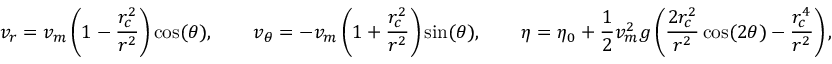
v _ { r } = v _ { m } \left( 1 - \frac { r _ { c } ^ { 2 } } { r ^ { 2 } } \right) \cos ( \theta ) , \qquad v _ { \theta } = - v _ { m } \left( 1 + \frac { r _ { c } ^ { 2 } } { r ^ { 2 } } \right) \sin ( \theta ) , \qquad \eta = \eta _ { 0 } + \frac { 1 } { 2 } v _ { m } ^ { 2 } g \left( \frac { 2 r _ { c } ^ { 2 } } { r ^ { 2 } } \cos ( 2 \theta ) - \frac { r _ { c } ^ { 4 } } { r ^ { 2 } } \right) ,